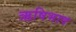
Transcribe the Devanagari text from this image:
ऋषिभाव